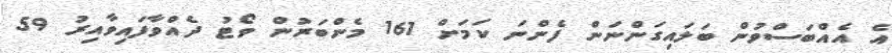
އެ އެއްބަސްވުން ބަލައިގަންނަން ފެންނަ ކަމަށް 161 މެންބަރުން ވޯޓު ދެއްވާފައިވާއިރު 59